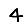
Digit: 4